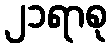
၂၁ရာစု